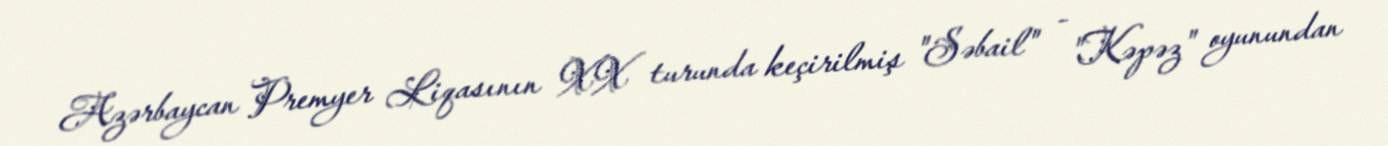
Azərbaycan Premyer Liqasının XX turunda keçirilmiş "Səbail" - "Kəpəz" oyunundan